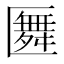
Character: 𠥢